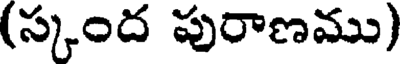
(స్కంద పురాణము)